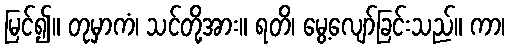
မြင်၍။ တုမှာကံ၊ သင်တို့အား။ ရတိ၊ မွေ့လျော်ခြင်းသည်။ ကာ၊